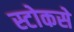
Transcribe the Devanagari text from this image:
स्टोकसे